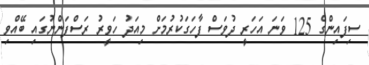
ސިފައިންގެ 125 ވަނަ އަހަރީ ދުވަސް ފާހަގަކުރުމަށް މިއަދު ހަވީރު ރަސްފަންނުގައި ބޭއްވި